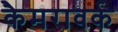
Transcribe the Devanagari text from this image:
कैमरावर्क